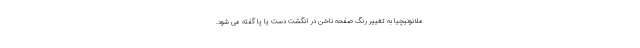
ملانونیچیا به تغییر رنگ صفحه ناخن در انگشت دست یا پا گفته می شود.